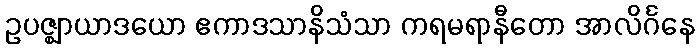
ဥပဇ္ဈာယာဒယော ဧကာဒသာနိသံသာ ကရမရာနီတော အာလိင်္ဂနေ